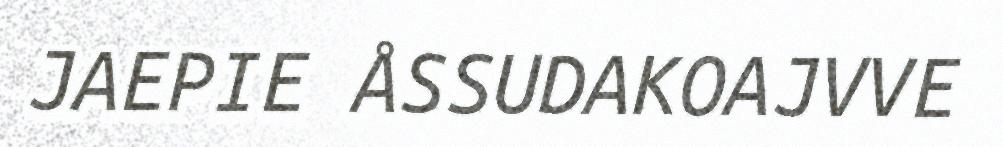
JAEPIE ÅSSUDAKOAJVVE